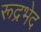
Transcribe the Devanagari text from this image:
रूद्रभेद